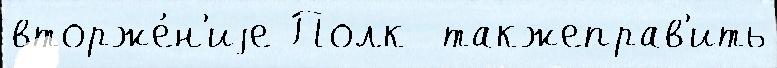
вторже́н'иjе Полк  такжеправ'ить